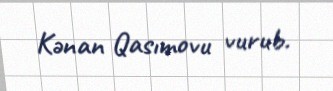
Kənan Qasımovu vurub.